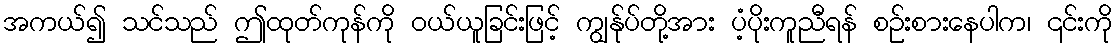
အကယ်၍ သင်သည် ဤထုတ်ကုန်ကို ဝယ်ယူခြင်းဖြင့် ကျွန်ုပ်တို့အား ပံ့ပိုးကူညီရန် စဉ်းစားနေပါက၊ ၎င်းကို